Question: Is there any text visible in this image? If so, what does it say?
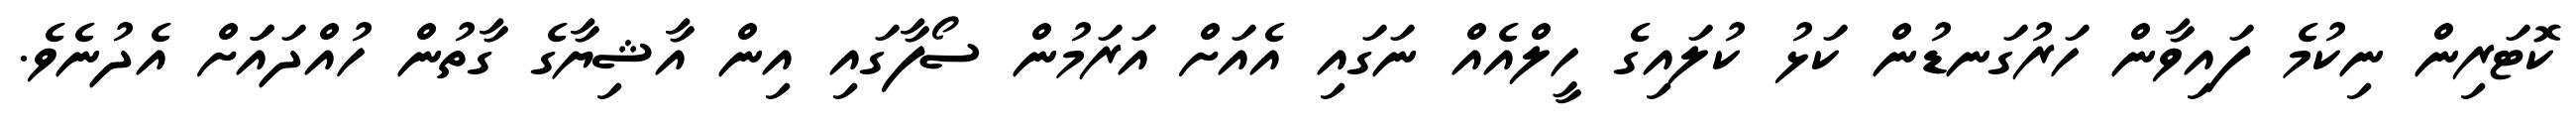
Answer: ކޮޓަރިން ނިކުމެ ފައިވާން ހަރުގަނޑުން ކަޅު ކުލައިގެ ހީލްއެއް ނަގައި އެއަށް އަރަމުން ސޯފާގައި އިން އާޝިޔާގެ ގާތުން ހުއްދައަަށް އެދުނެވެ.